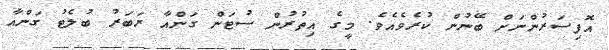
އޮފިސަރުންނަށް ބޭނުން ކުރެވެއެވެ. މީގެ އިތުރުން ސުޓަން ގަންއާ ރަބަރު ބުލެޓު ގަންއާ